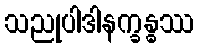
သညုပါဒါနက္ခန္ဓဿ